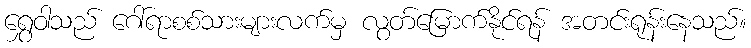
ရွှေဝါသည် ဂေါ်ရာစစ်သားများလက်မှ လွတ်မြောက်နိုင်ရန် အတင်းရုန်းနေသည်။